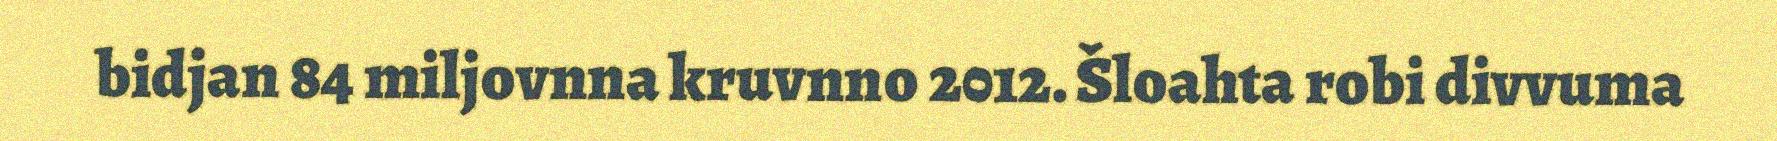
bidjan 84 miljovnna kruvnno 2012. Šloahta robi divvuma